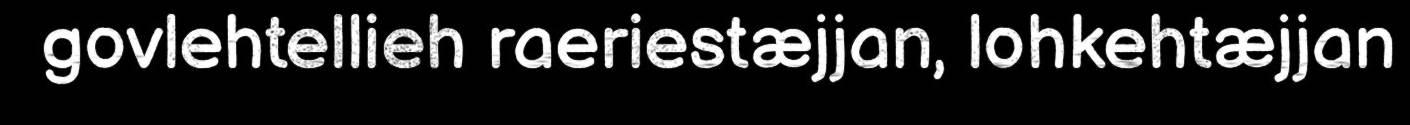
govlehtellieh raeriestæjjan, lohkehtæjjan